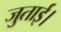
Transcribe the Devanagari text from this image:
जुताई।